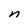
Character: n